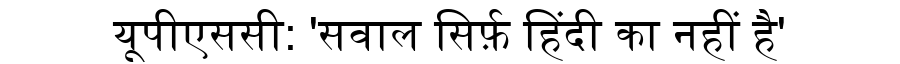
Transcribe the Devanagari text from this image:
यूपीएससी: 'सवाल सिर्फ़ हिंदी का नहीं है'